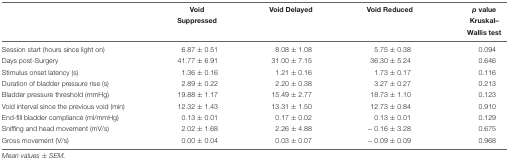
|  | Void | Void Delayed | Void Reduced | p value |
 |  | Suppressed |  |  | Kruskal– |
 |  |  |  |  | Wallis test |
 | --- | --- | --- | --- | --- |
 | Session start (hours since light on) | 6.87 ± 0.51 | 8.08 ± 1.08 | 5.75 ± 0.38 | 0.094 |
 | Days post-Surgery | 41.77 ± 6.91 | 31.00 ± 7.15 | 36.30 ± 5.24 | 0.646 |
 | Stimulus onset latency (s) | 1.36 ± 0.16 | 1.21 ± 0.16 | 1.73 ± 0.17 | 0.116 |
 | Duration of bladder pressure rise (s) | 2.89 ± 0.22 | 2.20 ± 0.38 | 3.27 ± 0.27 | 0.213 |
 | Bladder pressure threshold (mmHg) | 19.88 ± 1.17 | 15.49 ± 2.77 | 18.73 ± 1.10 | 0.123 |
 | Void interval since the previous void (min) | 12.32 ± 1.43 | 13.31 ± 1.50 | 12.73 ± 0.84 | 0.910 |
 | End-fill bladder compliance (ml/mmHg) | 0.13 ± 0.01 | 0.17 ± 0.02 | 0.13 ± 0.01 | 0.129 |
 | Sniffing and head movement (mV/s) | 2.02 ± 1.68 | 2.26 ± 4.88 | -0.16 ± 3.28 | 0.675 |
 | Gross movement (V/s) | 0.00 ± 0.04 | 0.03 ± 0.07 | -0.09 ± 0.09 | 0.968 |